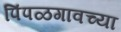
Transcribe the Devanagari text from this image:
पिंपळगावच्या